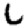
Digit: 6